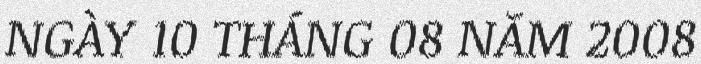
NGÀY 10 THÁNG 08 NĂM 2008